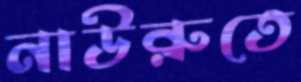
নাউরুতে